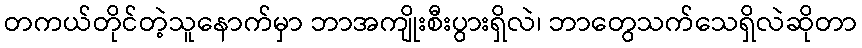
တကယ်တိုင်တဲ့သူနောက်မှာ ဘာအကျိုးစီးပွားရှိလဲ၊ ဘာတွေသက်သေရှိလဲဆိုတာ